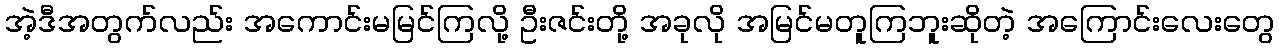
အဲ့ဒီအတွက်လည်း အကောင်းမမြင်ကြလို့ ဦးဇင်းတို့ အခုလို အမြင်မတူကြဘူးဆိုတဲ့ အကြောင်းလေးတွေ